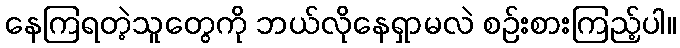
နေကြရတဲ့သူတွေကို ဘယ်လိုနေရှာမလဲ စဉ်းစားကြည့်ပါ။